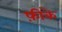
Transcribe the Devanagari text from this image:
फ़ीके